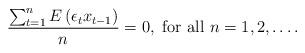
LaTeX: \begin{align*}\frac{\sum_{t=1}^nE\left(\epsilon_tx_{t-1}\right)}{n}= 0,~\mbox{for all}~n=1,2,\ldots.\end{align*}